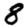
Digit: 8